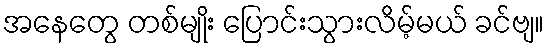
အနေတွေ တစ်မျိုး ပြောင်းသွားလိမ့်မယ် ခင်ဗျ။